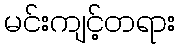
မင်းကျင့်တရား